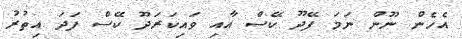
އެހެން ނޫން ނަމަ ފޭދޫ ކޭސް އާއި ވައިކަރަދޫ ކޭސް ފަދަ އިތުރު